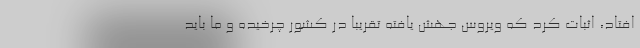
افتاد، اثبات کرد که ویروس جهش یافته تقریبا در کشور چرخیده و ما باید